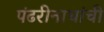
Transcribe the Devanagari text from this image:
पंढरीनाथांची